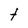
Character: t